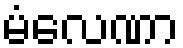
မံလေဏာ